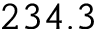
2 3 4 . 3